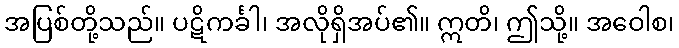
အပြစ်တို့သည်။ ပဋိကင်္ခါ၊ အလိုရှိအပ်၏။ ဣတိ၊ ဤသို့။ အဝေါစ၊